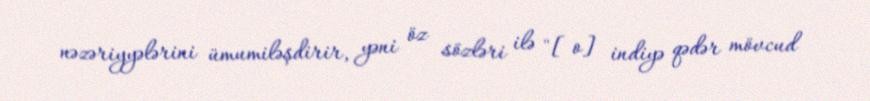
nəzəriyyələrini ümumiləşdirir, yəni öz sözləri ilə "[o] indiyə qədər mövcud